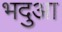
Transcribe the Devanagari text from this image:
भदुआ